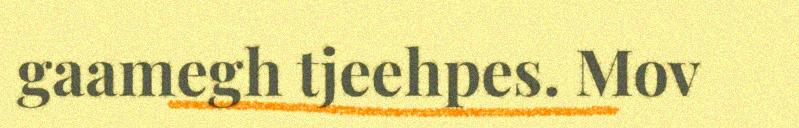
gaamegh tjeehpes. Mov